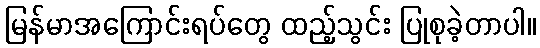
မြန်မာအကြောင်းရပ်တွေ ထည့်သွင်း ပြုစုခဲ့တာပါ။